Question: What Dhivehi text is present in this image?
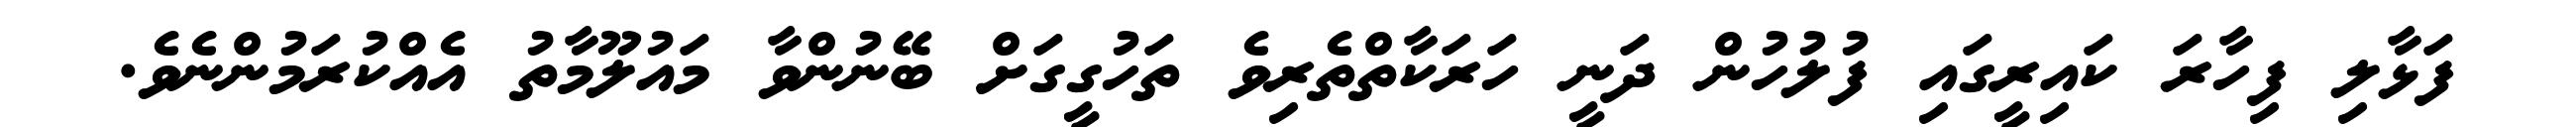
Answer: ފަޅާލި ފިހާރަ ކައިރީގައި ފުލުހުން ދަނީ ހަރަކާތްތެރިވެ ތަހުގީގަށް ބޭނުންވާ މައުލޫމާތު އެއްކުރަމުންނެވެ.